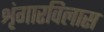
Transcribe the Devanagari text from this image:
शृंगारविलास